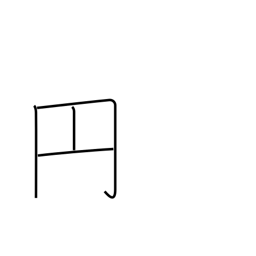
Meaning: round